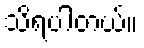
သိရပါတယ်။